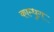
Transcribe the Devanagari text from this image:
काम्धुग